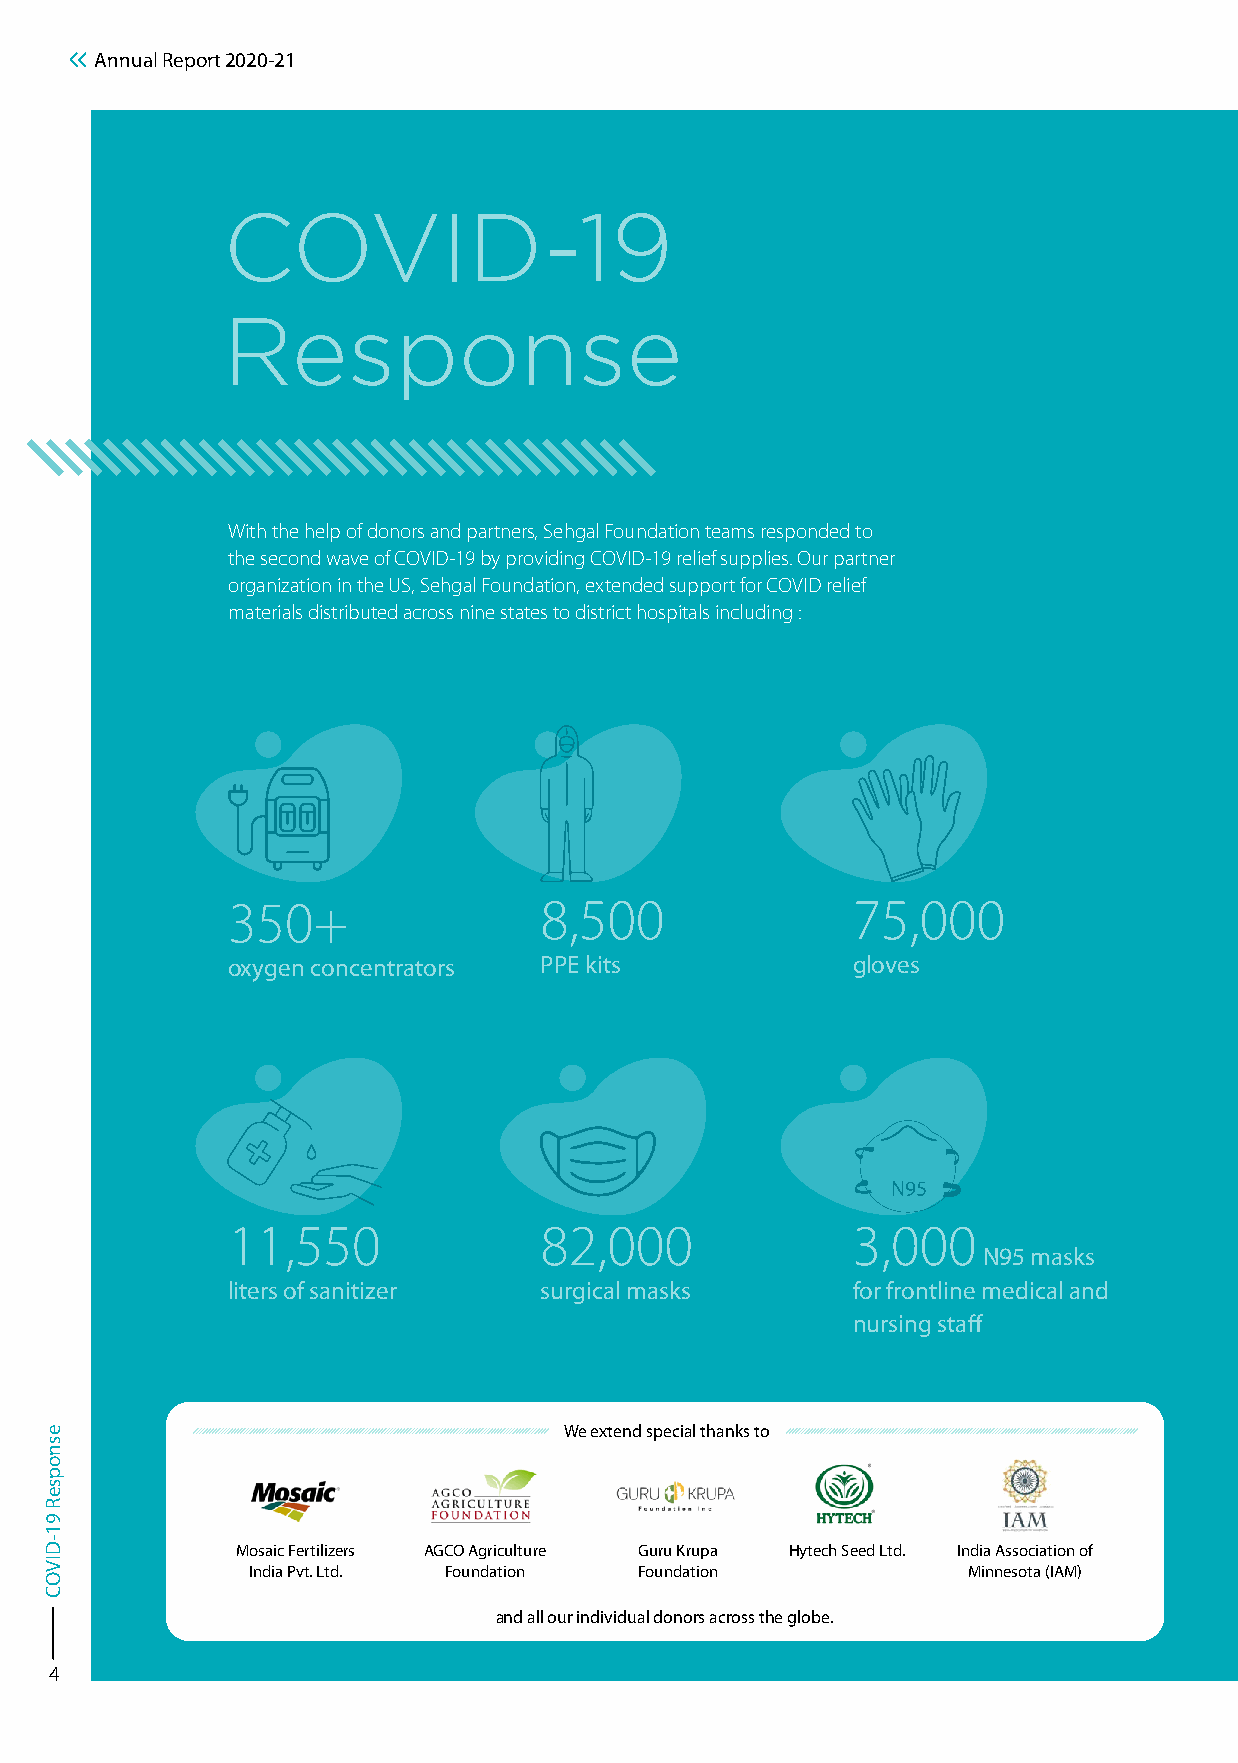
Annual Report 2020-21
 COVID-19
 Response
 With the help of donors and partners, Sehgal Foundation teams responded to
 the second wave of COVID-19 by providing COVID-19 relief supplies. Our partner
 organization in the US, Sehgal Foundation, extended support for COVID relief
 materials distributed across nine states to district hospitals including :
 350+                 8,500               75,000
 oxygen concentrators PPE kits            gloves
 11,550               82,000              3,000
 N95 masks
 liters of sanitizer  surgical masks      for frontline medical and
 nursing staff
 We extend special thanks to
 Mosaic Fertilizers AGCO Agriculture Guru Krupa Hytech Seed Ltd. India Association of
 India Pvt. Ltd. Foundation Foundation           Minnesota (IAM)
 and all our individual donors across the globe.
 4
 esnopseR
 91-DIVOC